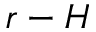
r - H